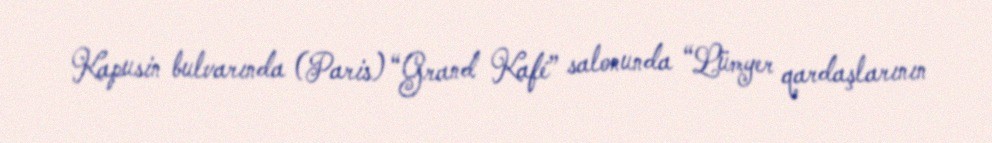
Kapusin bulvarında (Paris) “Grand Kafé” salonunda “Lümyer qardaşlarının